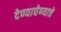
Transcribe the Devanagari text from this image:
देण्याघेण्याचे